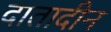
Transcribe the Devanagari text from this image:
दातादीन